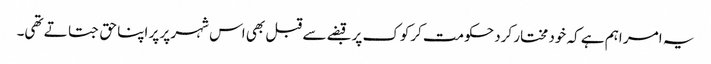
یہ امر اہم ہے کہ خود مختار کرد حکومت کرکوک پر قبضے سے قبل بھی اس شہر پر پر اپنا حق جتاتے تھی۔